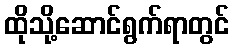
ထိုသို့ဆောင်ရွက်ရာတွင်